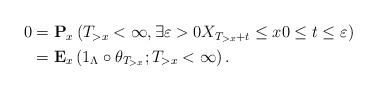
LaTeX: \begin{align*}\begin{aligned}0&=\mathbf{P}_x\left(T_{>x}<\infty, \exists \varepsilon>0X_{T_{>x}+t}\leq x0\leq t\leq \varepsilon \right) \\&=\mathbf{E}_x\left(1_\Lambda\circ \theta_{T_{>x}}; T_{>x}<\infty\right). \end{aligned}\end{align*}